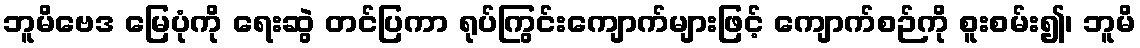
ဘူမိဗေဒ မြေပုံကို ရေးဆွဲ တင်ပြကာ ရုပ်ကြွင်းကျောက်များဖြင့် ကျောက်စဉ်ကို စူးစမ်း၍၊ ဘူမိ